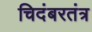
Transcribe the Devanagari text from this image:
चिदंबरतंत्र